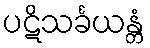
ပဋိသင်္ခယန္တံ